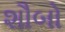
શૌબો